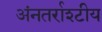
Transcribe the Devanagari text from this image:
अंनतर्राश्टीय